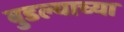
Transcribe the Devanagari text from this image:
बुडल्याच्या